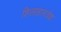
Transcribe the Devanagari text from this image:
शिलाहारवंश